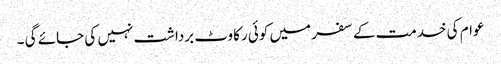
عوام کی خدمت کے سفر میں کوئی رکاوٹ برداشت نہیں کی جائے گی ۔